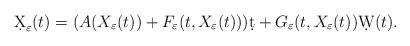
LaTeX: \begin{align*}\d X_{\varepsilon}(t)=(A(X_{\varepsilon}(t))+F_{\varepsilon}(t,X_{\varepsilon}(t)))\d t+G_{\varepsilon}(t,X_{\varepsilon}(t))\d W(t).\end{align*}